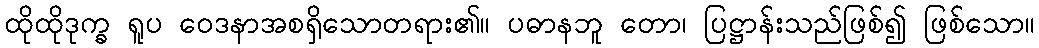
ထိုထိုဒုက္ခ ရူပ ဝေဒနာအစရှိသောတရား၏။ ပဓာနဘူ တော၊ ပြဋ္ဌာန်းသည်ဖြစ်၍ ဖြစ်သော။